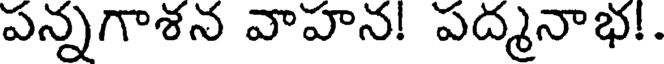
పన్నగాశన వాహన! పద్మనాభ!.